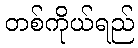
တစ်ကိုယ်ရည်